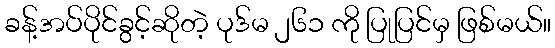
ခန့်အပ်ပိုင်ခွင့်ဆိုတဲ့ ပုဒ်မ ၂၆၁ ကို ပြုပြင်မှ ဖြစ်မယ်။